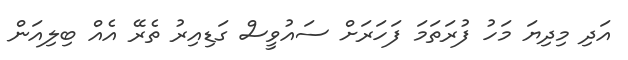
އަދި މިދިޔަ މަހު ފުރަތަމަ ފަހަރަށް ސައުވީސް ގަޑިއިރު ތެރޭ އެއް ބިލިއަން